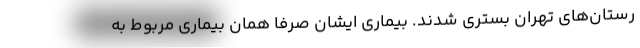
رستان‌های تهران بستری شدند. بیماری ایشان صرفا همان بیماری مربوط به